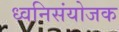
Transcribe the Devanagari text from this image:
ध्वनिसंयोजक